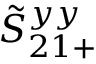
\tilde { S } _ { 2 1 + } ^ { y y }